Medical and sanitary report of the native army of Bengal for the year
Year: 1876
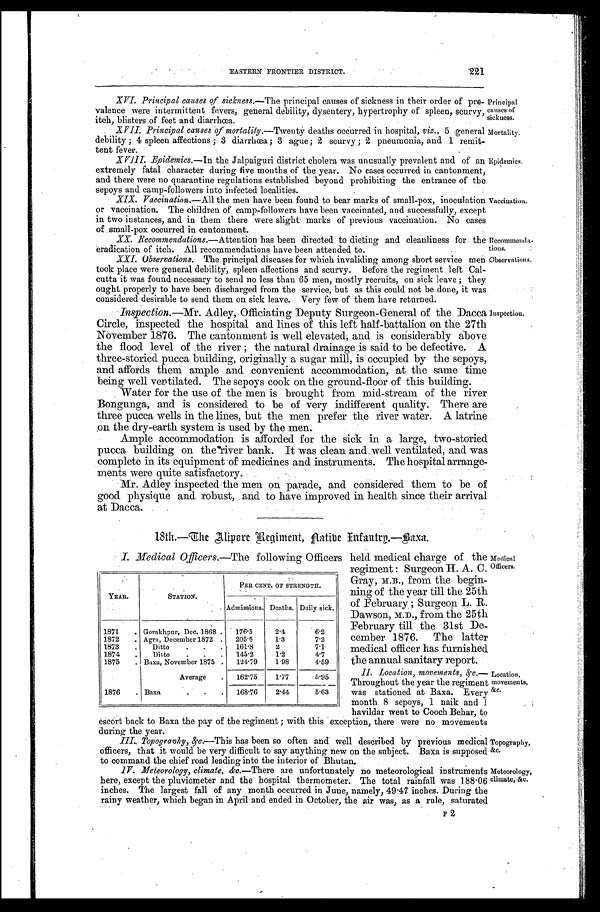
Principal
causes of
sickness.
Mortality.
Epidemics.
Recommenda-
tions.
Observations.
2 2 1
E A S T E R N F R O N T I E R D I S T R I C T .
XVI. Principal causes of sickness.- The principal causes of sickness in their order of pre-
valence were intermittent fevers, general debility, dysentery, hypertrophy of spleen, scurvy,
itch, blisters of feet and diarrhoea.
XV11. Principal causes of mortality.—Twenty deaths occurred in hospital, viz., 5 general
debility ; 4 spleen affections ; 3 diarrhoea ; 3 ague; 2 scurvy; 2 pneumonia, and 1 remit-
- t e n t f e v e r .
XVIII. Epidemics.— In the Jalpaiguri district cholera was unusually prevalent and of an
extremely fatal character during five months of the year. No eases occurred incantonment,
and there were no quarantine regulations established beyond prohibiting the entrance of the
sepoys and camp-followers into infected localities.
XIX. Vaccination.—All the men have been found to bear marks of small-pox, inoculation
or vaccination. The children of camp-followers have been vaccinated, and successfully, except
in two instances, and in them there were slight marks of previous vaccination. No cases
of small-pox occurred in cantonment.
XX. Recommendations.—Attention has been directed to dieting and cleanliness for the
eradication of itch. All recommendations have been attended to.
XXI. Observations. The principal diseases for which invaliding among short service men
took place were general debility, spleen affections and scurvy. Before the regiment left Cal-
cutta it was found necessary to send no less than 65 men, mostly recruits, on sick leave ; they
ought properly to have been discharged from the service, but as this could not be done, it was
considered desirable to send them on sick leave. Very few of them have returned.
Inspection.—Mr. Adley, Officiating Deputy Surgeon-General of the Dacca
Circle, inspected the hospital and lines of this left half-battalion on the 27th
November 1876. The cantonment is well elevated, and is considerably above
the flood level of the river; the natural drainage is said to be defective. A
three-storied pucca building, originally a sugar mill, is occupied by the sepoys,
and affords them ample and convenient accommodation, at the same time
being well ventilated. The sepoys cook on the ground-floor of this building.
Water for the use of the men is brought from mid-stream of the river
Bongunga, and is considered to be of very indifferent quality. There are
three pucca wells in the lines, but the men prefer the river water. A latrine
on the dry-earth system is used by the men.
Ample accommodation is afforded for the sick in a large, two-storied
pucca building on the river bank. It was clean and well ventilated, and was
complete in its equipment of medicines and instruments. The hospital arrange-
-ments were quite satisfactory.
Mr. Adley inspected the men on parade, and considered them to be of
good physique and robust, and to have improved in health since their arrival
at Dacca.
Vaccination.
Iuspection.
18th.- The Aliporc Regiment, Flatibe Infantrp.- Baxa.
I. Medical Officers.—The following Officers
YEAR.
S T AT I ON.
P E R C E N T . O F S T R E N G T H .
Admissions. Deaths. Daily sick.
1871
Gorakhpur, Dec. 1868 176.5
2.4
6.2
1872
Agra, December 1872 205.5
1.3
7.2
1873
Ditto
161.8
2
7.1
1874
Ditto
145.2
1.2
4.7
1875
Baxa, November 1875 124.79
1.98
4.59
A v e r a g e
162.75
1.77
5.95
1876
Baxa
168.76
2.44
5.63
held, medical charge of the
regiment : Surgeon H. A. C.
Gray, M .B , from the begin-
ning of the year till the 25th
of February Surgeon. L. R.
Dawson, M.D., from the 25th
February till the 31st De-
cember 1876. The latter
medical officer has furnished
the annual sanitary report.
II.
L o c a t i o n
, m o v e m e n t s , & c . -
T h r o u g h o u t t h e y e a r t h e
regiment
was stationed at Baxa. Every
mont h & sepoys, 1 nai k and 1
havildar went to Cooch Behar, to
Medical officeers.
Location,
movements,
&c.
escort back to Baxa the pay of the regiment ; with this exception, there were no movements
during the year.
III., Topography, &c.- This has been so often and well described by previous medical
officers, that it would be very difficult to say anything new on the subject. Baxa is supposed
to command the chief road leading into the interior of Bhutan.
IV. Meteorology, climate, &c.—There are unfortunately no meteorological instruments
here, except the pluviometer and the hospital thermometer. The total rainfall was 188.06
inches. The largest fall of any month occurred in Juue, namely, 49 .47 inches. During the
rainy weather, which began in April and ended in October, the air was, as a rule, saturated
F2
Meterology,
climate, &c.